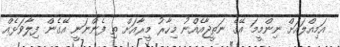
އަމިއްލައަށް ނިންމީމަ އޭގެ ނަތީޖާއެއްނު މިހާރު މީރާއަށް ތި ފެންނަނީ އޭގެން ފިލާވަޅެއް